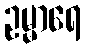
ဥမ္မာရေ